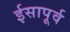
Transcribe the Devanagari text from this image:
र्इसापूर्व